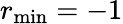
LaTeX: r_{\operatorname*{min}}=-1